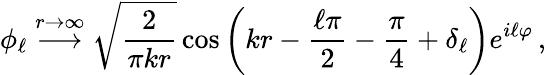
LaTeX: \phi_{\ell}\stackrel{r\rightarrow\infty}{\longrightarrow}\sqrt{\frac{2}{\pi kr}}\cos\left(kr-\frac{\ell\pi}{2}-\frac{\pi}{4}+\delta_{\ell}\right)e^{i\ell\varphi}\, ,